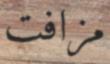
مزافت